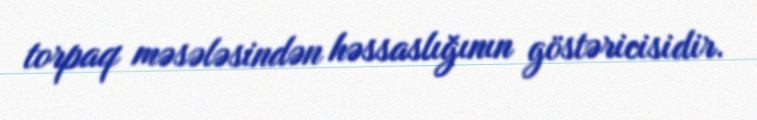
torpaq məsələsindən həssaslığının göstəricisidir.